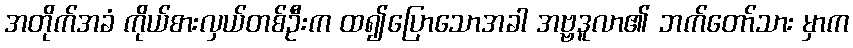
အတိုက်အခံ ကိုယ်စားလှယ်တစ်ဦးက ထ၍ပြောသောအခါ အဗ္ဗဒူလာ၏ ဘက်တော်သား မှာက